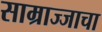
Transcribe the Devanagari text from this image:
साम्राज्जाचा